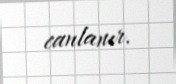
canlanır.